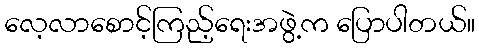
လေ့လာစောင့်ကြည့်ရေးအဖွဲ့က ပြောပါတယ်။